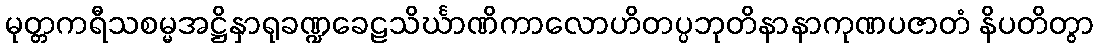
မုတ္တကရီသစမ္မအဋ္ဌိနှာရုခဏ္ဍခေဠသိင်္ဃာဏိကာလောဟိတပ္ပဘုတိနာနာကုဏပဇာတံ နိပတိတွာ